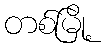
တစ်မြို့